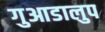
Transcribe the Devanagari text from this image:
गुआडालुप